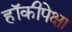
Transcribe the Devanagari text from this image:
हॉकीपेक्षा